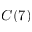
C ( 7 )